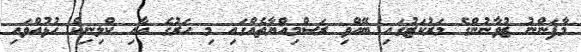
މާފަންނު ޒުވާނުންގެ މަރުކަޒުގައި ބޭއްވި ރަސްމިއްޔާތެއްގައި މި ހަރުގެ އާއި ކްލިނިކް ހުޅުއްވައި